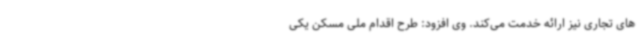
های تجاری نیز ارائه خدمت می‌کند. وی افزود: طرح اقدام ملی مسکن یکی